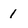
Character: 1